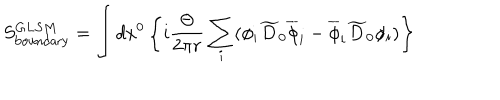
LaTeX: S _ { \mathrm { b o u n d a r y } } ^ { G L S M } = \int d x ^ { 0 } \left\{ i { \frac { \Theta } { 2 \pi r } } \sum _ { i } ( \phi _ { i } \widetilde { D } _ { 0 } \overline { { { \phi } } } _ { i } - \overline { { { \phi } } } _ { i } \widetilde { D } _ { 0 } \phi _ { i } ) \right\}